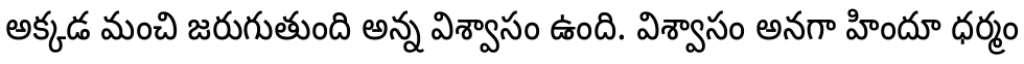
అక్కడ మంచి జరుగుతుంది అన్న విశ్వాసం ఉంది. విశ్వాసం అనగా హిందూ ధర్మం